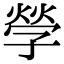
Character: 𡦃